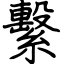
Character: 繫